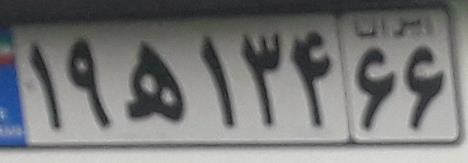
۱۹ه۱۳۴۶۶